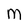
Character: M